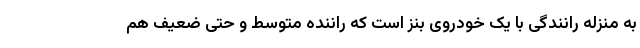
به منزله رانندگی با یک خودروی بنز است که راننده متوسط و حتی ضعیف هم